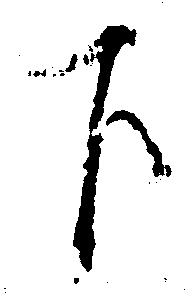
下